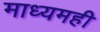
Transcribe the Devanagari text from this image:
माध्यमही